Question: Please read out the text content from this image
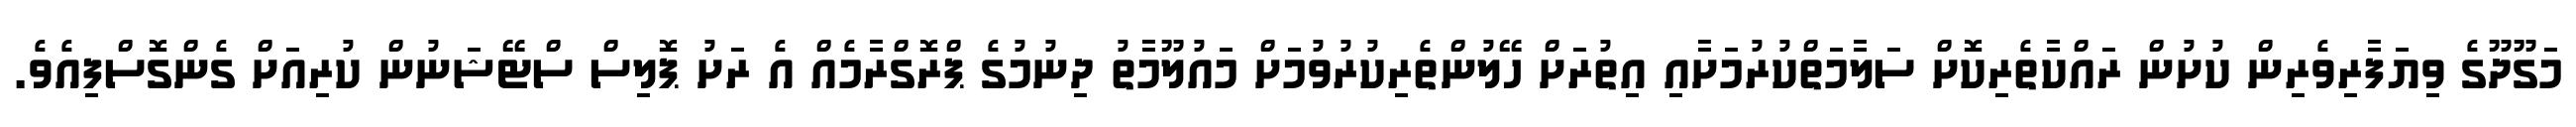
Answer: މަގޫދޫގެ ވިޔަފާރިވެރިން ކުށުން ރައްކާތެރިކޮށް ސަލާމަތްކުރުމަށާއި އިތުރަށް ހޭލުންތެރިކުރުވުމަށް މައުލޫމާތު ދިނުމުގެ ޕްރޮގްރާމެއް އެ ރަށު ޕޮލިސް ސްޓޭޝަނުން ކުރިއަށް ގެންގޮސްފިއެވެ.